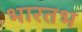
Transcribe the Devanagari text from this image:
भारतभ